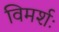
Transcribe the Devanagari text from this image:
विमर्शः